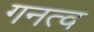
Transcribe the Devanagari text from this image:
गनत्व